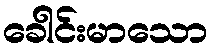
ခေါင်းမာသော